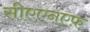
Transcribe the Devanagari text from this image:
सीएएनएफ़